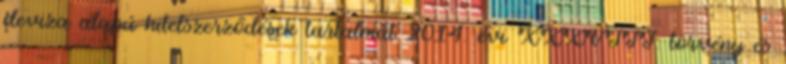
deviza alapú hitelszerződések tartalmát 2014. évi XXXVIII. törvény és